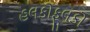
હલકોફૂલકો